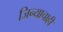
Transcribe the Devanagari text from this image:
जिन्याचाही